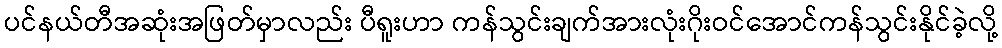
ပင်နယ်တီအဆုံးအဖြတ်မှာလည်း ပီရူးဟာ ကန်သွင်းချက်အားလုံးဂိုးဝင်အောင်ကန်သွင်းနိုင်ခဲ့လို့